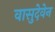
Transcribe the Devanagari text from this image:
वासुदेवेन